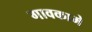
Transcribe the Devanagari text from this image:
गावकामे